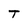
Character: T